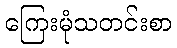
ကြေးမုံသတင်းစာ